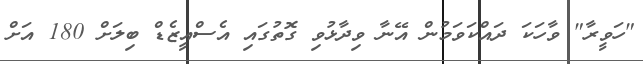
"ހަވީރާ" ވާހަކަ ދައްކަވަމުން އޭނާ ވިދާޅުވި ގޮތުގައި އެސްއީޒެޑް ބިލަށް 180 އަށް